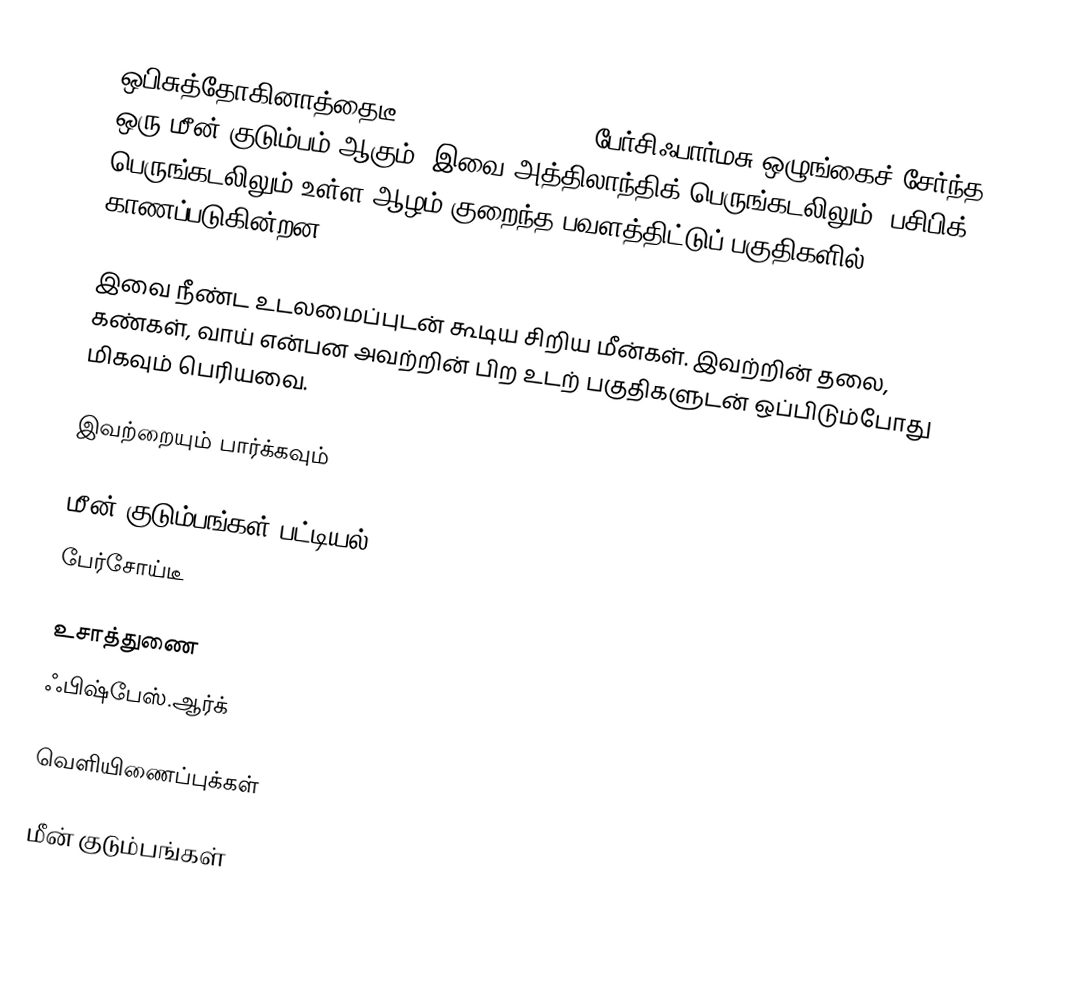
ஒபிசுத்தோகினாத்தைடீ (Opistognathidae), பேர்சிஃபார்மசு ஒழுங்கைச் சேர்ந்த ஒரு மீன் குடும்பம் ஆகும். இவை அத்திலாந்திக் பெருங்கடலிலும், பசிபிக் பெருங்கடலிலும் உள்ள ஆழம் குறைந்த பவளத்திட்டுப் பகுதிகளில் காணப்படுகின்றன.

இவை நீண்ட உடலமைப்புடன் கூடிய சிறிய மீன்கள். இவற்றின் தலை, கண்கள், வாய் என்பன அவற்றின் பிற உடற் பகுதிகளுடன் ஒப்பிடும்போது மிகவும் பெரியவை.

இவற்றையும் பார்க்கவும்

 மீன் குடும்பங்கள் பட்டியல்
 பேர்சோய்டீ

உசாத்துணை
 ஃபிஷ்பேஸ்.ஆர்க்

வெளியிணைப்புக்கள்

மீன் குடும்பங்கள்